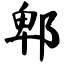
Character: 郫